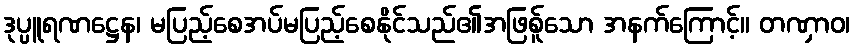
ဒုပ္ပူရဏဋ္ဌေန၊ မပြည့်စေအပ်မပြည့်စေနိုင်သည်၏အဖြစ်ူသော အနက်ကြောင့်။ တဏှာဝ၊